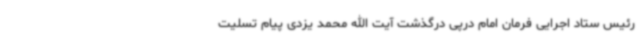
رئیس ستاد اجرایی فرمان امام درپی درگذشت آیت الله محمد یزدی پیام تسلیت